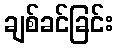
ချစ်ခင်ခြင်း